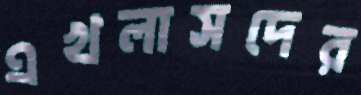
এখলাসদের